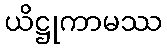
ယိဋ္ဌုကာမဿ